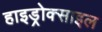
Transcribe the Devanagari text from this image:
हाइड्रोक्साइल